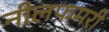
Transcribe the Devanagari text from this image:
नीलफमरी